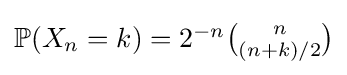
{\textstyle \mathbb {P} (X_{n}=k)=2^{-n}{\binom {n}{(n+k)/2}}}